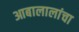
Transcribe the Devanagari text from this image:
आबालालांचा